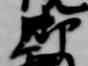
御